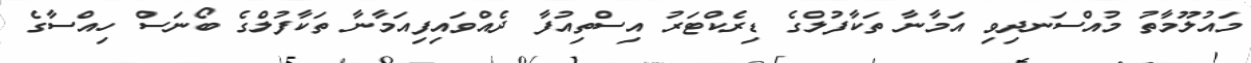
މައުލޫމާތު މުއްސަނދިވި އަމާނާ ތަކާފުލްގެ ޑިރެކްޓަރު އިސްތިއުފާ ދެއްވައިފިއަމާނާ ތަކާފުލްގެ ބޯނަސް ހިއްސާގެ